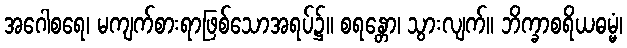
အဂေါစရေ၊ မကျက်စားရာဖြစ်သောအရပ်၌။ စရန္တော၊ သွားလျက်။ ဘိက္ခာစရိယဓမ္မံ၊